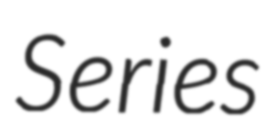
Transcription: Series